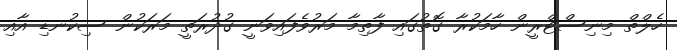
ހެލްތް މިނިސްޓްރީން ހާމަކުރާ ގޮތުގައި ފާތިމާ މަރުވެފައިވަނީ ގުދުރަތީ މަރަކުން ސިކުނޑި އާއި